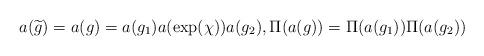
LaTeX: \begin{align*}a(\widetilde g)=a(g)=a(g_1)a(\exp(\chi))a(g_2),\Pi(a(g))=\Pi(a(g_1))\Pi(a(g_2))\end{align*}